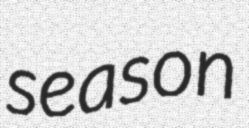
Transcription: season